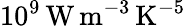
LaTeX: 10^{9}\, \mathrm{W}\, \mathrm{m}^{-3}\, \mathrm{K}^{-5}